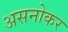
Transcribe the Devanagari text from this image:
असनोकर